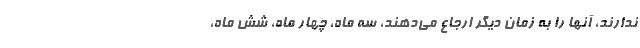
ندارند، آنها را به زمان ديگر ارجاع مي‌دهند، سه ماه، چهار ماه، شش ماه،